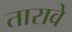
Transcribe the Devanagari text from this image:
तारावे